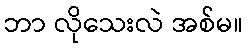
ဘာ လိုသေးလဲ အစ်မ။